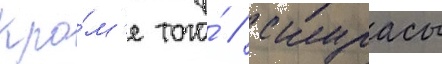
Кро́м'е того́ / скурасы